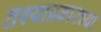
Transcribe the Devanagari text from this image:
तश्याप्रकारच्या